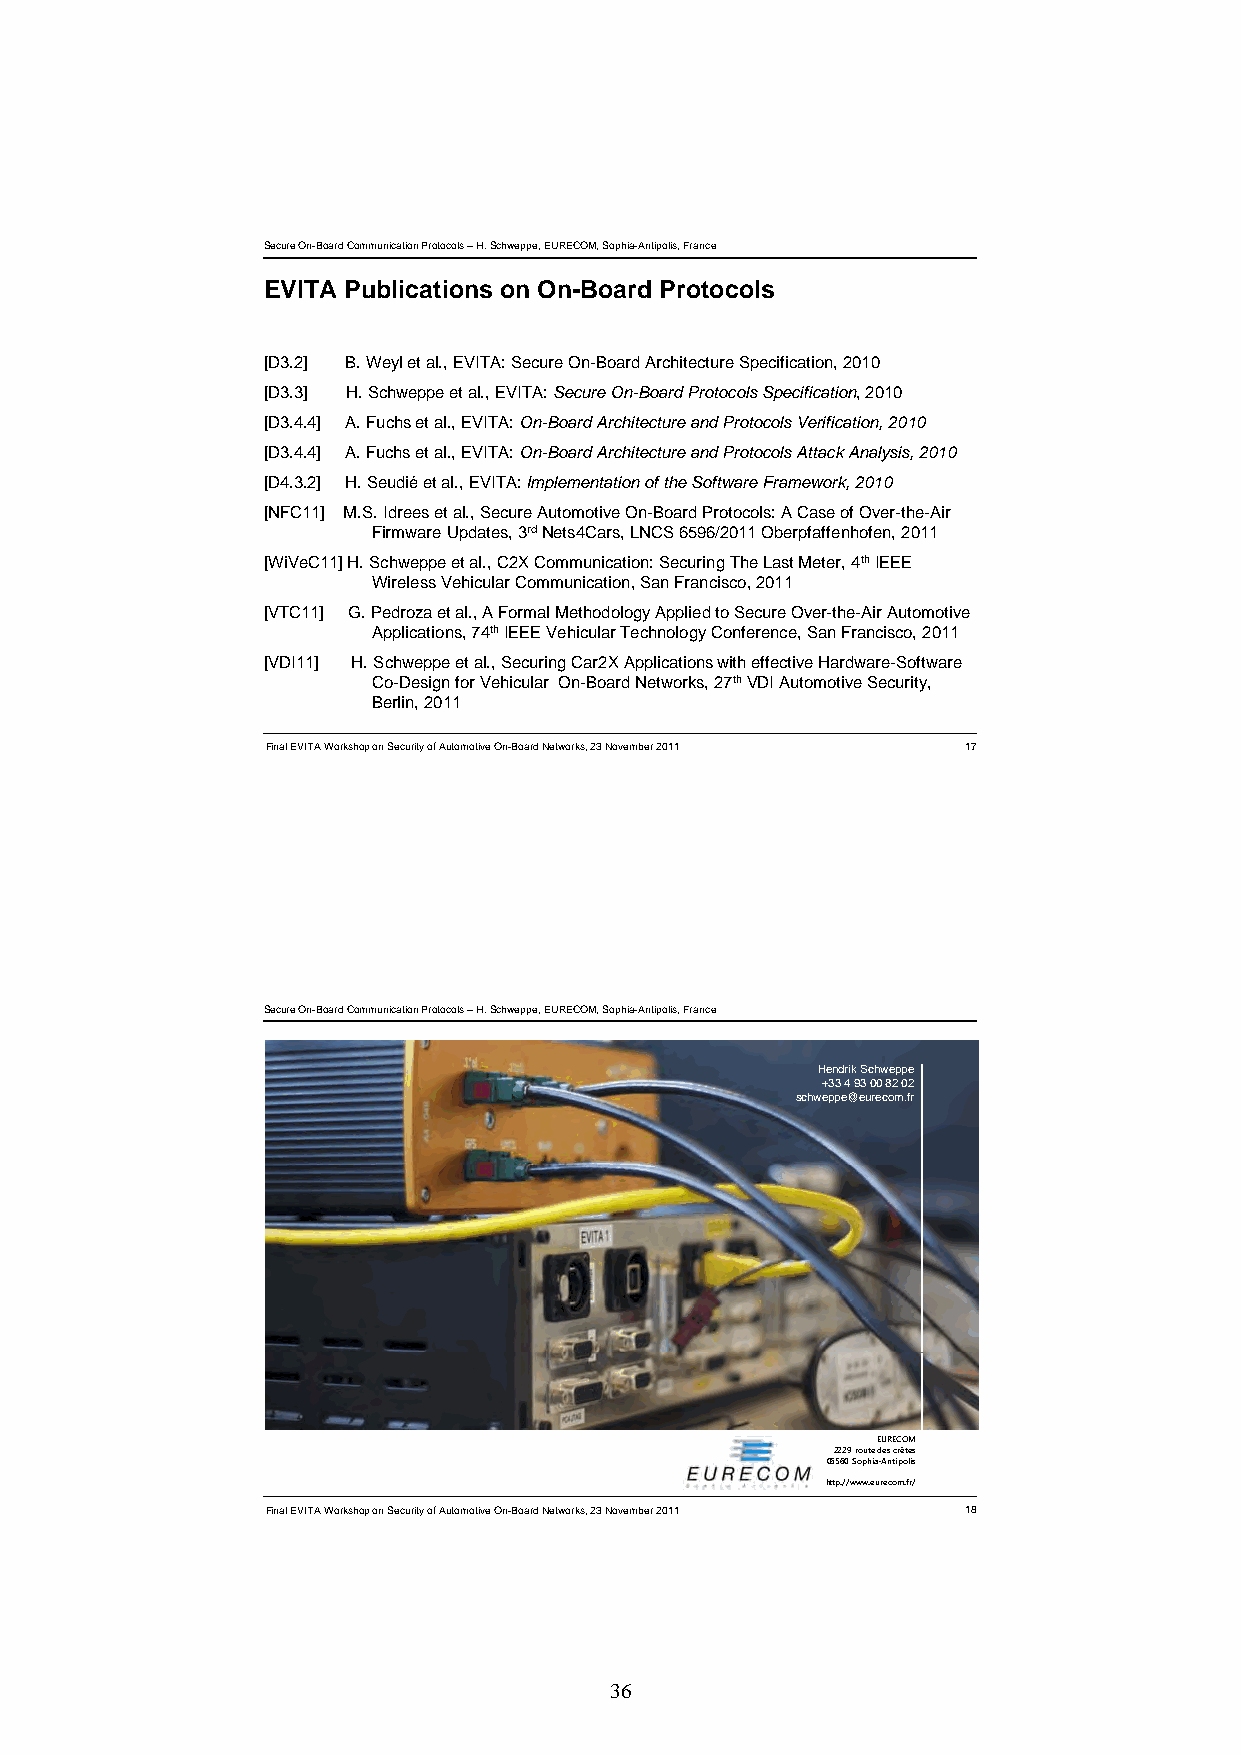
Secure On-Board Communication Protocols –H. Schweppe, EURECOM, Sophia-Antipolis, France
 EVITA Publications on On-Board Protocols
 [D3.2] B. Weylet al., EVITA: Secure On-Board Architecture Specification, 2010
 [D3.3] H. Schweppe et al., EVITA: Secure On-Board Protocols Specification, 2010
 [D3.4.4] A. Fuchs et al., EVITA: On-Board Architecture and Protocols Verification, 2010
 [D3.4.4] A. Fuchs et al., EVITA: On-Board Architecture and Protocols Attack Analysis, 2010
 [D4.3.2] H. Seudiéet al., EVITA: Implementation of the Software Framework, 2010
 [NFC11] M.S. Idreeset al., Secure Automotive On-Board Protocols: A Case of Over-the-Air
 Firmware Updates, 3rdNets4Cars, LNCS 6596/2011 Oberpfaffenhofen, 2011
 [WiVeC11] H. Schweppe et al., C2X Communication: Securing The Last Meter, 4thIEEE
 Wireless Vehicular Communication,, San Francisco,, 2011
 [VTC11] G. Pedrozaet al., A Formal Methodology Applied to Secure Over-the-Air Automotive
 Applications, 74thIEEE Vehicular Technology Conference, San Francisco, 2011
 [VDI11] H. Schweppe et al., Securing Car2X Applications with effective Hardware-Software
 Co-Design for Vehicular On-Board Networks, 27thVDI Automotive Security,
 Berlin, 2011
 Final EVITA Workshop on Security of Automotive On-Board Networks, 23 November 2011 17
 Secure On-Board Communication Protocols –H. Schweppe, EURECOM, Sophia-Antipolis, France
 Hendrik Schweppe
 +33 4 93 00 82 02
 schweppe@eurecom.fr
 EURECOM
 2229 route des crêtes
 06560 Sophia-Antipolis
 http://www.eurecom.fr/
 Final EVITA Workshop on Security of Automotive On-Board Networks, 23 November 2011 18
 36